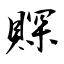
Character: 賝